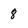
Character: 8